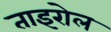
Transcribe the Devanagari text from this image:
ताइरोल